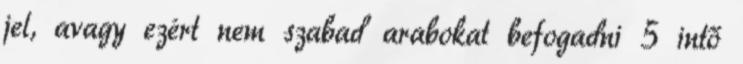
jel, avagy ezért nem szabad arabokat befogadni 5 intő